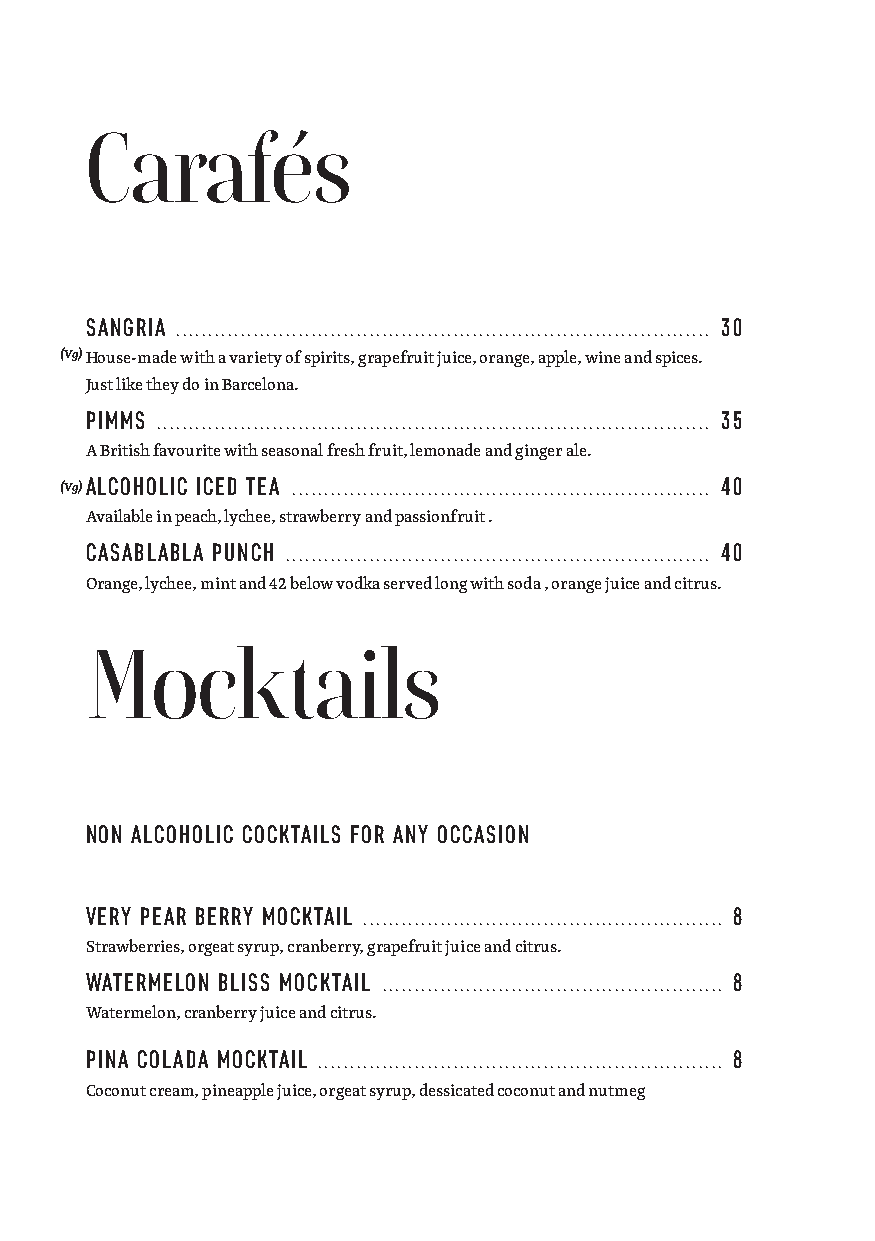
Carafés
 SANGRIA                                   30
 . ..................................................................................
 (Vg)House-made with a variety of spirits, grapefruit juice, orange, apple, wine and spices.
 Just like they do in Barcelona.
 PIMMS                                     35
 ......................................................................................
 A British favourite with seasonal fresh fruit, lemonade and ginger ale.
 (Vg)ALCOHOLIC ICED TEA
 .................................................................
 40
 Available in peach, lychee, strawberry and passionfruit .
 CASABLABLA PUNCH                          40
 ..................................................................
 Orange, lychee, mint and 42 below vodka served long with soda , orange juice and citrus.
 Mocktails
 NON ALCOHOLIC COCKTAILS FOR ANY OCCASION
 VERY PEAR BERRY MOCKTAIL                  8
 . .......................................................
 Strawberries, orgeat syrup, cranberry, grapefruit juice and citrus.
 WATERMELON BLISS MOCKTAIL                 8
 .....................................................
 Watermelon, cranberry juice and citrus.
 PINA COLADA MOCKTAIL                      8
 . ..............................................................
 Coconut cream, pineapple juice, orgeat syrup, dessicated coconut and nutmeg